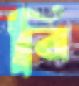
বি